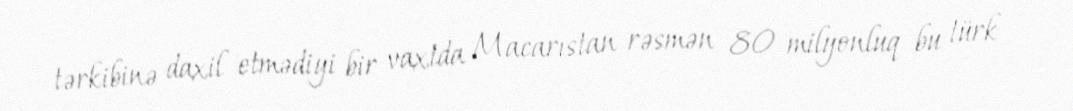
tərkibinə daxil etmədiyi bir vaxtda Macarıstan rəsmən 80 milyonluq bu türk